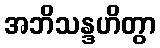
အဘိသန္ဒဟိတွာ